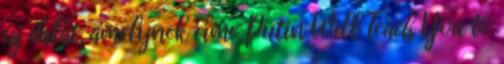
új dalát, amelynek címe Putin Will Teach You to